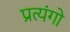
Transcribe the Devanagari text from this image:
प्रत्यंगो